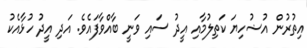
އިތުރުން އުޟުހިޔަ ކަތިލުމާއި އީދު ސައި ވަނީ ބާއްވާފައެވެ. އަދި އީދު ހުޅާއެކު